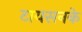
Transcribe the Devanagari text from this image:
टायसनके